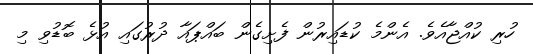
ހުރި ކުއްޖާއެވެ. އެންމެ ކުޑައިރުން ފެށިގެން ބައްޕައާ ދުރުގައި އުޅެ ބޮޑުވި މި